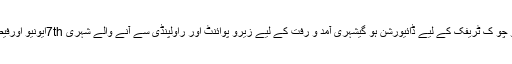
آبپارہ چوک سے سہروردی روڈ 7thایونیو چو ک ٹریفک کے لیے ڈائیورشن ہو گیشہری آمد و رفت کے لیے زیرو پوائنٹ اور راولپنڈی سے آنے والے شہری 7thایونیو اورفیصل ایونیو، کشمیر ہائی وے استعمال کریں۔